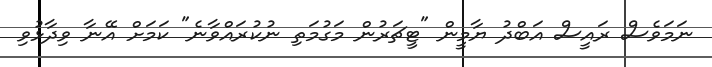
ނަމަވެސް ރައީސް އަބްދު ޔާމީން "ޓީޗަރުން މަގުމަތި ނުކުރައްވާނެ" ކަމަށް އޭނާ ވިދާޅުވި